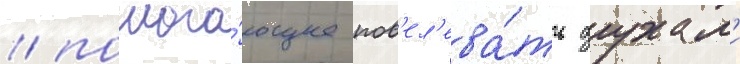
/ помога́ющее пов'ел'ева́ть духам'и